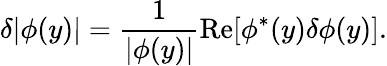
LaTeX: \delta|\phi(y)|=\frac{1}{|\phi(y)|}\mathrm{Re}[\phi^{*}(y)\delta\phi(y)].